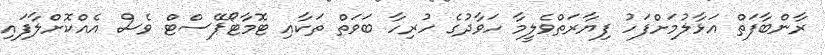
ރާންބާފަތް އަޅާލުމަށްފަހު ފިޔާރަތްވެލީމާ ހަވާދުގެ ހުރިހާ ބަވަތް ތަކާއި ޓޮމާޓޯޕޭސްޓް ވެސް އެއްކޮށްލާފައި